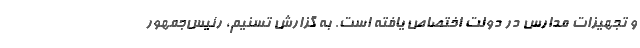
و تجهیزات مدارس در دولت اختصاص یافته است. به گزارش تسنیم، رئیس‌جمهور